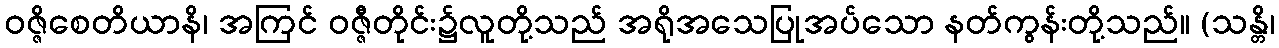
ဝဇ္ဇိစေတိယာနိ၊ အကြင် ဝဇ္ဇီတိုင်း၌လူတို့သည် အရိုအသေပြုအပ်သော နတ်ကွန်းတို့သည်။ (သန္တိ၊